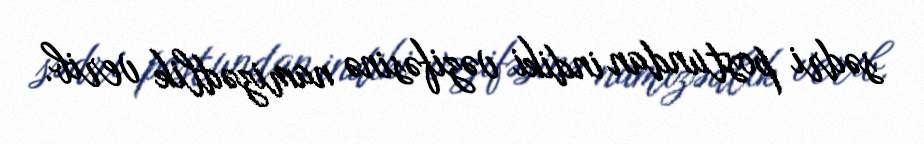
sədri postundan indiki vəzifəsinə namizədlik verib.